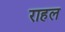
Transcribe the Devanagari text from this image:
राहल